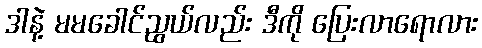
ဒါနဲ့ မမခေါင်ညွယ်လည်း ဒီကို ပြေးလာရောလား